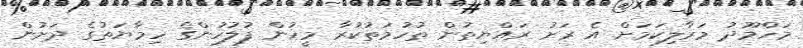
މަހްމޫދު މަރާލިކަމަށް އެ ރަށު ރައްޔިތުން ތުހުމަތުކުރާ މީހުން ފުލުހުންގެ ހިމާޔަތުގެ ދަށުން